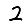
Digit: 2